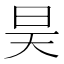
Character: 昊